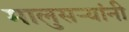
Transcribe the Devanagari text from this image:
मालुसऱ्यांनी